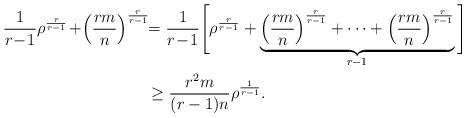
LaTeX: \begin{align*}\frac{1}{r\!-\!1}\rho^{\frac{r}{r-1}}\!+\!\left(\frac{rm}{n}\right)^{\frac{r}{r-1}} \!&\! =\frac{1}{r\!-\!1}\Bigg[\rho^{\frac{r}{r-1}}+\underbrace{\left(\frac{rm}{n}\right)^{\frac{r}{r-1}}+\cdots+\left(\frac{rm}{n}\right)^{\frac{r}{r-1}}}_{r-1}\Bigg]\\& \geq\frac{r^2m}{(r-1)n}\rho^{\frac{1}{r-1}}.\end{align*}